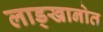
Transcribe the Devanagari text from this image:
लाड्खानोत